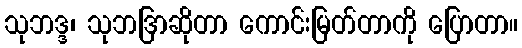
သုဘဒ္ဒ၊ သုဘဒြာဆိုတာ ကောင်းမြတ်တာကို ပြောတာ။